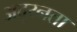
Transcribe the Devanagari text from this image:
अद्य्नता